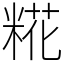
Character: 糀